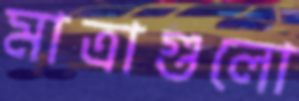
মাত্রাগুলো